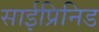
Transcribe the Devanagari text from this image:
साईप्रिनिड